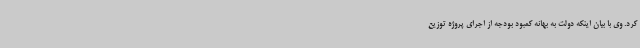
کرد. وی با بیان اینکه دولت به بهانه کمبود بودجه از اجرای پروژه توزیع